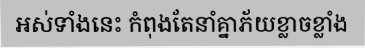
អស់ទាំងនេះ កំពុងតែនាំគ្នាភ័យខ្លាចខ្លាំង